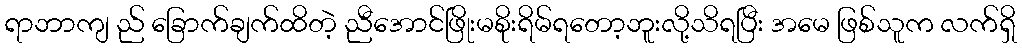
ရာဘာကျ ည် ခြောက်ချက်ထိတဲ့ ညီအောင်ဖြိုးမစိုးရိမ်ရတော့ဘူးလို့သိရပြီး အမေ ဖြစ်သူက လက်ရှိ